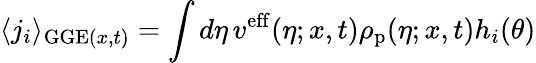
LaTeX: \langle j_{i}\rangle_{\mathrm{GGE}(x,t)}=\int d\eta\, v^{\mathrm{eff}}(\eta;x,t)\rho_{\mathrm{p}}(\eta;x,t)h_{i}(\theta)